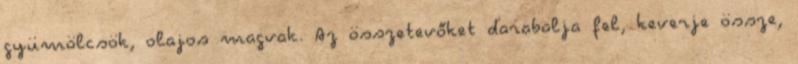
gyümölcsök, olajos magvak. Az összetevőket darabolja fel, keverje össze,